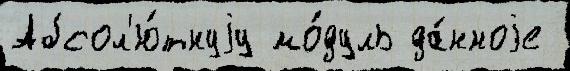
Абсол'ю́тнуjу мо́дуль да́нноjе